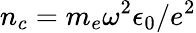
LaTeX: n_{c}=m_{e}\omega^{2}\epsilon_{0}/e^{2}